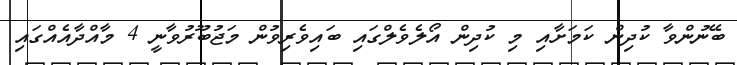
ބޭނުންވާ ކުދިން ކަމަށާއި މި ކުދިން އޯލެވެލްގައި ބައިވެރިވުން މަޖުބޫރުވާނީ 4 މާއްދާއެއްގައި